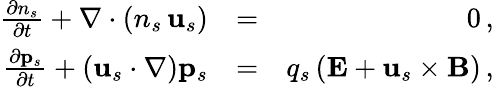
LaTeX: \begin{array}{rlr}{\frac{\partial n_{s}}{\partial t}+\nabla\cdot\left(n_{s}\, {\mathbf u}_{s}\right)}&{=}&{0\, ,}\\ {\frac{\partial{\mathbf p}_{s}}{\partial t}+\left({\mathbf u}_{s}\cdot\nabla\right){\mathbf p}_{s}}&{=}&{q_{s}\, ({\mathbf E}+{\mathbf u}_{s}\times{\mathbf B})\, ,}\end{array}